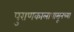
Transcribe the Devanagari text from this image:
पुराणकालापासूनच्या